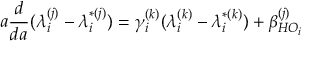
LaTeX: a \frac { d } { d a } ( \lambda _ { i } ^ { ( j ) } - \lambda _ { i } ^ { * ( j ) } ) = \gamma _ { i } ^ { ( k ) } ( \lambda _ { i } ^ { ( k ) } - \lambda _ { i } ^ { * ( k ) } ) + \beta _ { H O _ { i } } ^ { ( j ) }